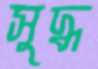
সুদ্ধ